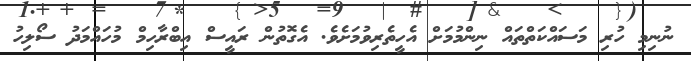
ނުނިމި ހުރި މަސައްކަތްތައް ނިންމުމަށް އެހީތެރިވުމަށެވެ. އެގޮތުން ރައީސް އިބްރާހިމް މުހައްމަދު ސޯލިހު